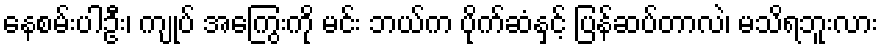
နေစမ်းပါဦး၊ ကျုပ် အကြွေးကို မင်း ဘယ်က ပိုက်ဆံနှင့် ပြန်ဆပ်တာလဲ၊ မသိရဘူးလား